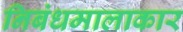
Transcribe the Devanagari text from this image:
निबंधमालाकार